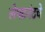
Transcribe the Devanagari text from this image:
लेफ्टनंटचे